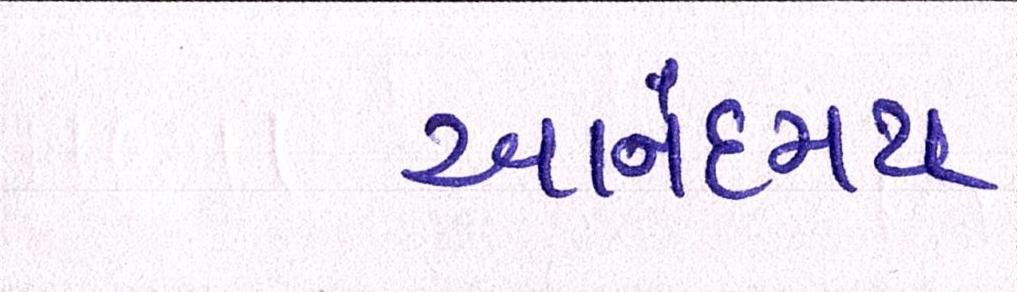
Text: આનંદમય